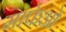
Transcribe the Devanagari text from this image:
माफेओ